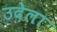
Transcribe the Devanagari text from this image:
उदेला